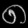
Digit: ၈